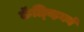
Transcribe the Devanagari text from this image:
कॅल्व्हिनने